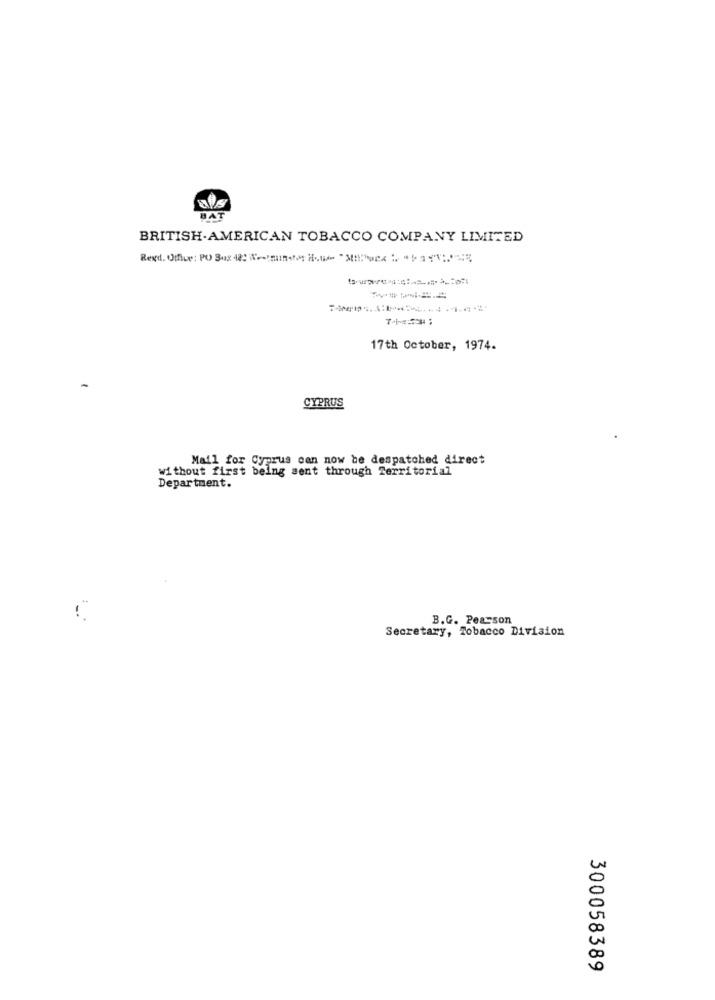
BAT
BRITISH-AMERICAN TOBACCO COMPANY LIMITED
--------
17th October, 1974.
CYPRUS
Mail for Cyprus can now be despatched direct
without first being sent through Territorial
Department.
B.G. Pearson
Secretary, Tobacco Division
300058389